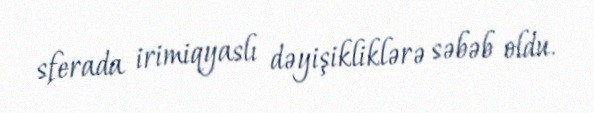
sferada irimiqyaslı dəyişikliklərə səbəb oldu.